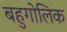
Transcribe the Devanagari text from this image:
बहुगोलिक